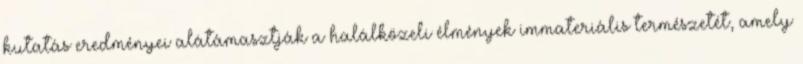
kutatás eredményei alátámasztják a halálközeli élmények immateriális természetét, amely